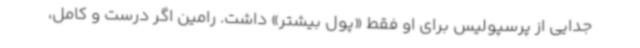
جدایی از پرسپولیس برای او فقط «پول بیشتر» داشت. رامین اگر درست و کامل،